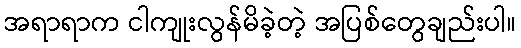
အရာရာက ငါကျုးလွန်မိခဲ့တဲ့ အပြစ်တွေချည်းပါ။